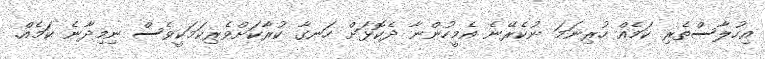
އިހުލާސްތެރި ކަމެއް ހުރިނަމަ ނުކެރޭނެ އެމީހުންނާ ދެކޮޅަށް ހަނގާ ކުރާކަށްވެރިކަމަކީވެސް ނިމިދާނެ ކަމެއް.